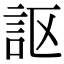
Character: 𧦅